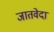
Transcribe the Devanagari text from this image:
जातवेदा